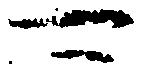
可